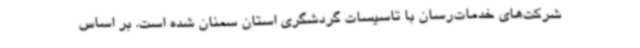
شرکت‌های خدمات‌رسان با تاسیسات گردشگری استان سمنان شده است. بر اساس